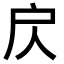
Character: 𢨨